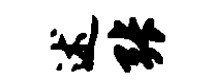
述张